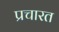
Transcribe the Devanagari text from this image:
प्रचारत